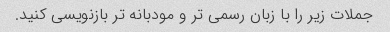
جملات زیر را با زبان رسمی تر و مودبانه تر بازنویسی کنید.